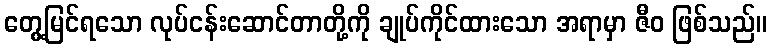
တွေ့မြင်ရသော လုပ်ငန်းဆောင်တာတို့ကို ချုပ်ကိုင်ထားသော အရာမှာ ဇီဝ ဖြစ်သည်။